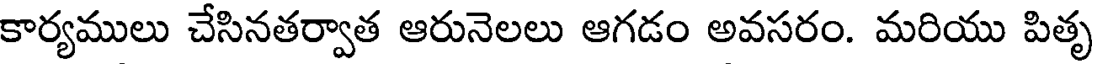
కార్యములు చేసినతర్వాత ఆరునెలలు ఆగడం అవసరం. మరియు పితృ